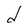
Character: d